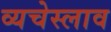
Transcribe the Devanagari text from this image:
व्यचेस्लाव